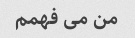
من می فهمم